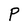
Character: P